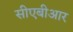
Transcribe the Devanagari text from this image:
सीएबीआर